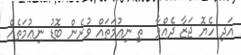
އަދި ހެޔޮ ޖަޒާ ދެއްވާ  ތި ނިޢުމަތައް ވުރެން ބޮޑު ނިޢުމަތެއް